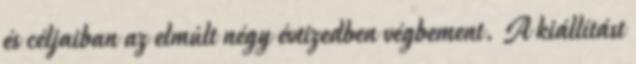
és céljaiban az elmúlt négy évtizedben végbement. A kiállítást